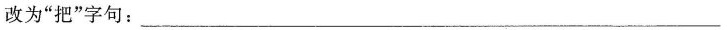
改为”把”字句：___